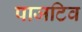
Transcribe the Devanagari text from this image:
पाजटिव